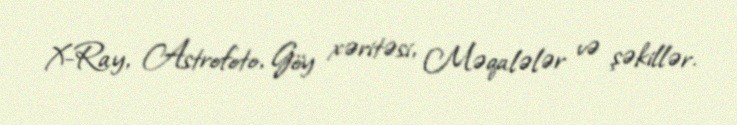
X-Ray, Astrofoto, Göy xəritəsi, Məqalələr və şəkillər.